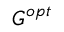
G ^ { o p t }